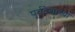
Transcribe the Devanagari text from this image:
पूर्वदेशाच्या